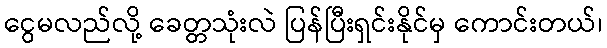
ငွေမလည်လို့ ခေတ္တသုံးလဲ ပြန်ပြီးရှင်းနိုင်မှ ကောင်းတယ်၊